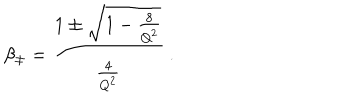
\beta _ { \pm } = { \frac { 1 \pm \sqrt { 1 - { \frac { 8 } { Q ^ { 2 } } } } } { \frac { 4 } { Q ^ { 2 } } } } \ .